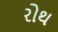
રોથ